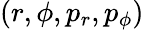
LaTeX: (r,\phi,p_{r},p_{\phi})